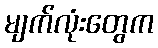
မျက်လုံးတွေက